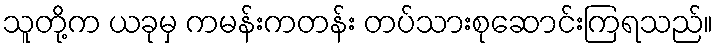
သူတို့က ယခုမှ ကမန်းကတန်း တပ်သားစုဆောင်းကြရသည်။